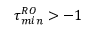
\tau _ { m i n } ^ { R O } > - 1